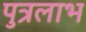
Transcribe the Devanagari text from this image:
पुत्रलाभ